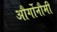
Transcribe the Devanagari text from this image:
और्गोनौमी